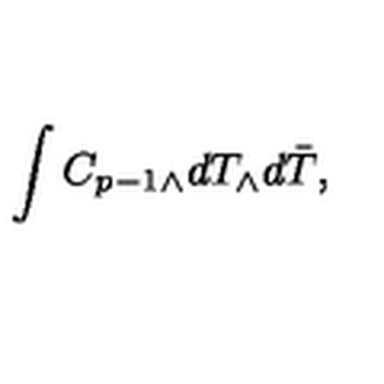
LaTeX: \int C _ { p - 1 } _ { \wedge } d T _ { \wedge } d \bar { T } ,